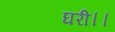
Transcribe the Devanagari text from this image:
घरी।।